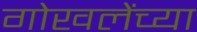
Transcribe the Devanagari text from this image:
गोखलेंच्या